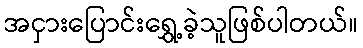
အငှားပြောင်းရွှေ့ခဲ့သူဖြစ်ပါတယ်။